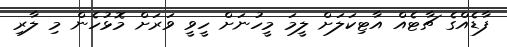
ފާޑެއްގެ ޗާޓެއް އާޓިކަލަށް ލީމަ މީހުނަށް ހީވީ ވަރަށް މޮޅުހެން މި ލާރި